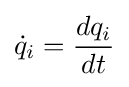
{\dot {q}}_{i}={\frac {dq_{i}}{dt}}